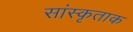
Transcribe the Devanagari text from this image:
सांस्कृताक